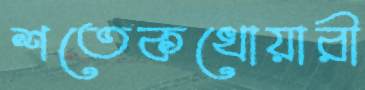
শতেকখোয়ারী